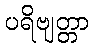
ပရိဗျတ္တာ